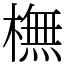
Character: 橅